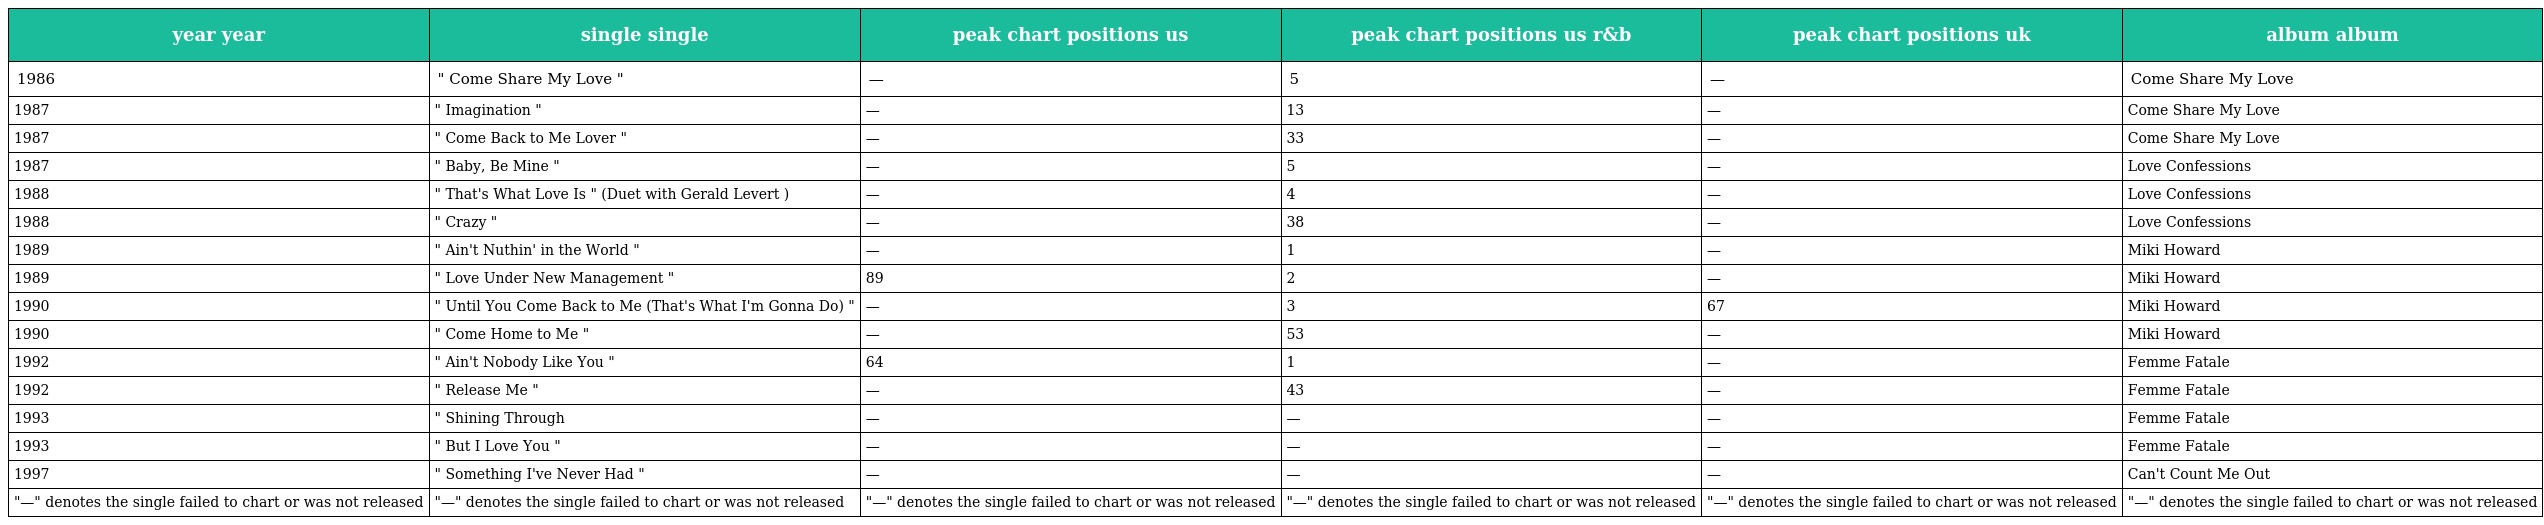
| year year | single single | peak chart positions us | peak chart positions us r&b | peak chart positions uk | album album |
 | --- | --- | --- | --- | --- | --- |
 | 1986 | " Come Share My Love " | — | 5 | — | Come Share My Love |
 | 1987 | " Imagination " | — | 13 | — | Come Share My Love |
 | 1987 | " Come Back to Me Lover " | — | 33 | — | Come Share My Love |
 | 1987 | " Baby, Be Mine " | — | 5 | — | Love Confessions |
 | 1988 | " That's What Love Is " (Duet with Gerald Levert ) | — | 4 | — | Love Confessions |
 | 1988 | " Crazy " | — | 38 | — | Love Confessions |
 | 1989 | " Ain't Nuthin' in the World " | — | 1 | — | Miki Howard |
 | 1989 | " Love Under New Management " | 89 | 2 | — | Miki Howard |
 | 1990 | " Until You Come Back to Me (That's What I'm Gonna Do) " | — | 3 | 67 | Miki Howard |
 | 1990 | " Come Home to Me " | — | 53 | — | Miki Howard |
 | 1992 | " Ain't Nobody Like You " | 64 | 1 | — | Femme Fatale |
 | 1992 | " Release Me " | — | 43 | — | Femme Fatale |
 | 1993 | " Shining Through | — | — | — | Femme Fatale |
 | 1993 | " But I Love You " | — | — | — | Femme Fatale |
 | 1997 | " Something I've Never Had " | — | — | — | Can't Count Me Out |
 | "—" denotes the single failed to chart or was not released | "—" denotes the single failed to chart or was not released | "—" denotes the single failed to chart or was not released | "—" denotes the single failed to chart or was not released | "—" denotes the single failed to chart or was not released | "—" denotes the single failed to chart or was not released |